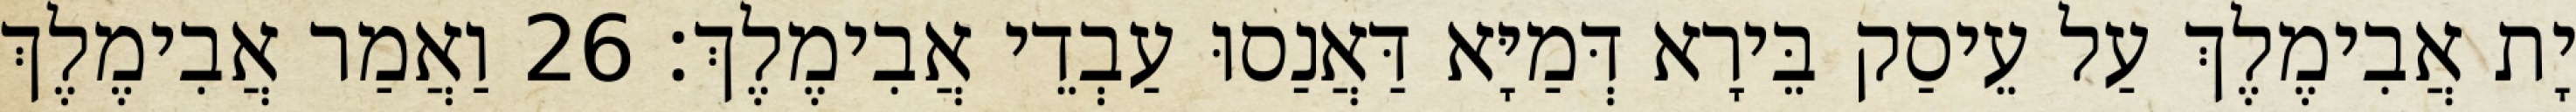
יָת אֲבִימֶלֶךְ עַל עֵיסַק בֵּירָא דְּמַיָּא דַּאֲנַסוּ עַבְדֵי אֲבִימֶלֶךְ׃ 26 וַאֲמַר אֲבִימֶלֶךְ